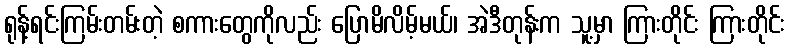
ရုန့်ရင်းကြမ်းတမ်းတဲ့ စကားတွေကိုလည်း ပြောမိလိမ့်မယ်၊ အဲဒီတုန်းက သူ့မှာ ကြားတိုင်း ကြားတိုင်း